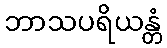
ဘာသပရိယန္တံ